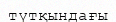
түтқындағы